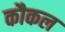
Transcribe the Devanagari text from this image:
कौकल